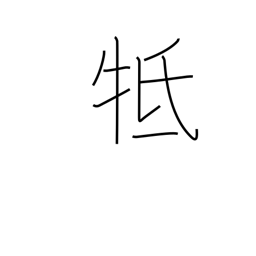
Meaning: touch